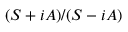
( S + i A ) / ( S - i A )